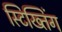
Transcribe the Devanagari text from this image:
स्टिख्तिंग